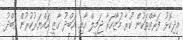
އިދިކޮޅު ފަރާތްތަކުން ކުރާ މުަޒާހަރާ ޖަމީލް އާއި އަބްދު ގާޒީ ހައްޔަރުކުރުން އަބްދު